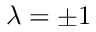
\lambda = \pm 1